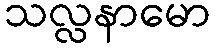
သလ္လနာမော